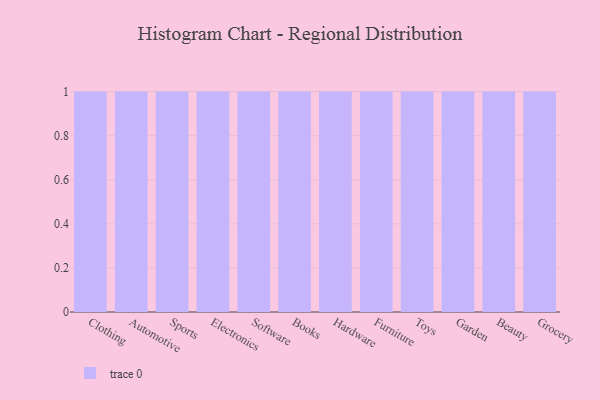
{"axis": {"x": "Category", "y": "Temperature (°C)"}, "legend": [""], "data": [{"x": "Clothing", "y": 84, "type": ""}, {"x": "Automotive", "y": 61, "type": ""}, {"x": "Sports", "y": 55, "type": ""}, {"x": "Electronics", "y": 39, "type": ""}, {"x": "Software", "y": 55, "type": ""}, {"x": "Books", "y": 63, "type": ""}, {"x": "Hardware", "y": 46, "type": ""}, {"x": "Furniture", "y": 41, "type": ""}, {"x": "Toys", "y": 28, "type": ""}, {"x": "Garden", "y": 24, "type": ""}, {"x": "Beauty", "y": 41, "type": ""}, {"x": "Grocery", "y": 68, "type": ""}]}